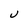
Character: U